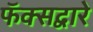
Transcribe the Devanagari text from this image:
फॅक्सद्वारे